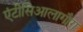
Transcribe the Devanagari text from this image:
एंटीसिआलागौग